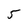
Character: 5